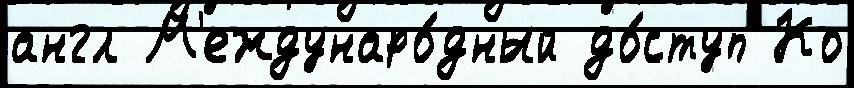
англ М'еждунаро́дный до́ступ Ко